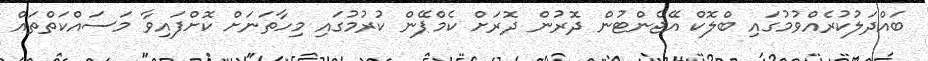
ބައްދަލުކުރެއްވުމުގައި ބްލޮކް އޭޖެންޓުން ދޮރުން ދޮރަށް ކެމްޕޭން ކުރުމުގައި މިހާތަނަށް ކޮށްފައިވާ މަސައްކަތްތައް